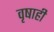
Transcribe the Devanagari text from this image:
वृषाही